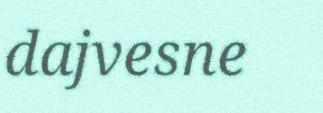
dajvesne